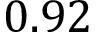
0 . 9 2